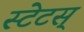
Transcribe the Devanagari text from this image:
स्टेटस्